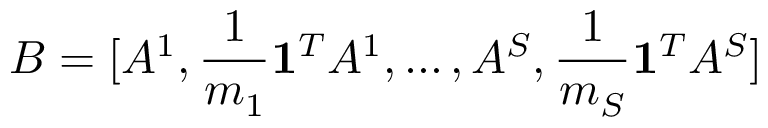
B = [ A ^ { 1 } , \frac { 1 } { m _ { 1 } } \mathbf { 1 } ^ { T } A ^ { 1 } , \ldots , A ^ { S } , \frac { 1 } { m _ { S } } \mathbf { 1 } ^ { T } A ^ { S } ]